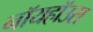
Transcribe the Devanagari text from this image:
नॉयहॉउस